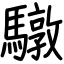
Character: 驐